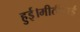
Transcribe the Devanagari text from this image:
हुई।मीठीबाई